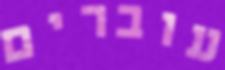
עוברים